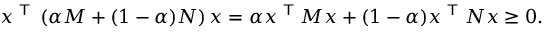
x ^ { \textsf { T } } \left( \alpha M + ( 1 - \alpha ) N \right) x = \alpha x ^ { \textsf { T } } M x + ( 1 - \alpha ) x ^ { \textsf { T } } N x \geq 0 .